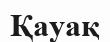
Қауақ